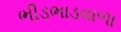
ભીડભાડવાળા